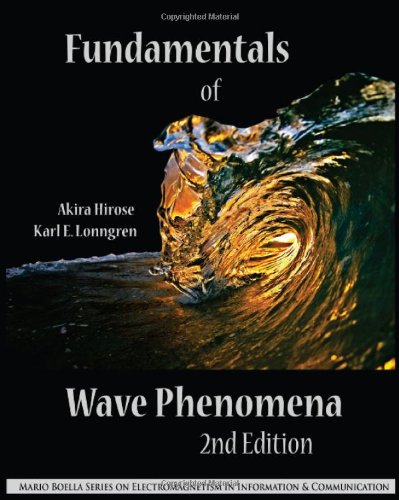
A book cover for Fundamentals of Wave Phenomena (Mario Boella Series on Electromagnetism in Information and Communication); Akira Hirose; Science & Math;